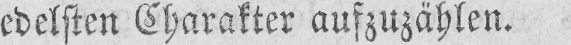
edelsten Charakter aufzuzählen.